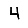
Digit: 4